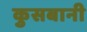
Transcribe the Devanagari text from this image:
कुसबानी